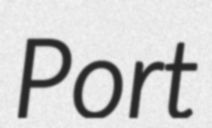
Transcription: Port